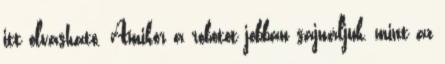
itt olvasható. Amikor a robotot jobban sajnáljuk, mint az